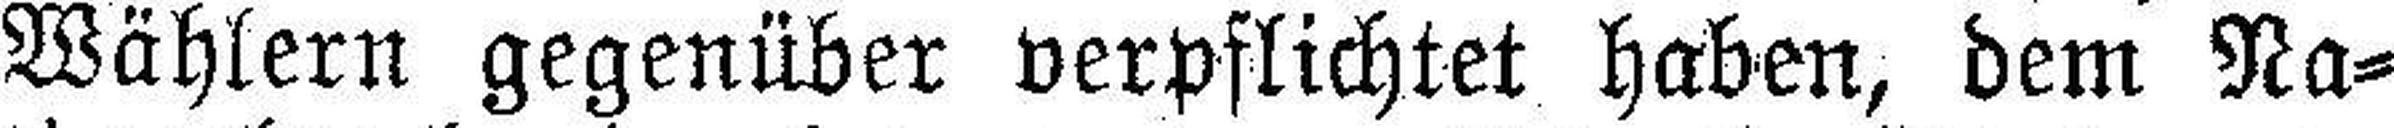
Wählern gegenüber verpflichtet haben, dem Na¬